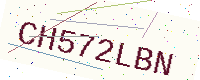
Text: CH572LBN